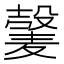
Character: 𫜕